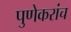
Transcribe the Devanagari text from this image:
पुणेकरांच